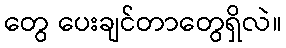
တွေ ပေးချင်တာတွေရှိလဲ။